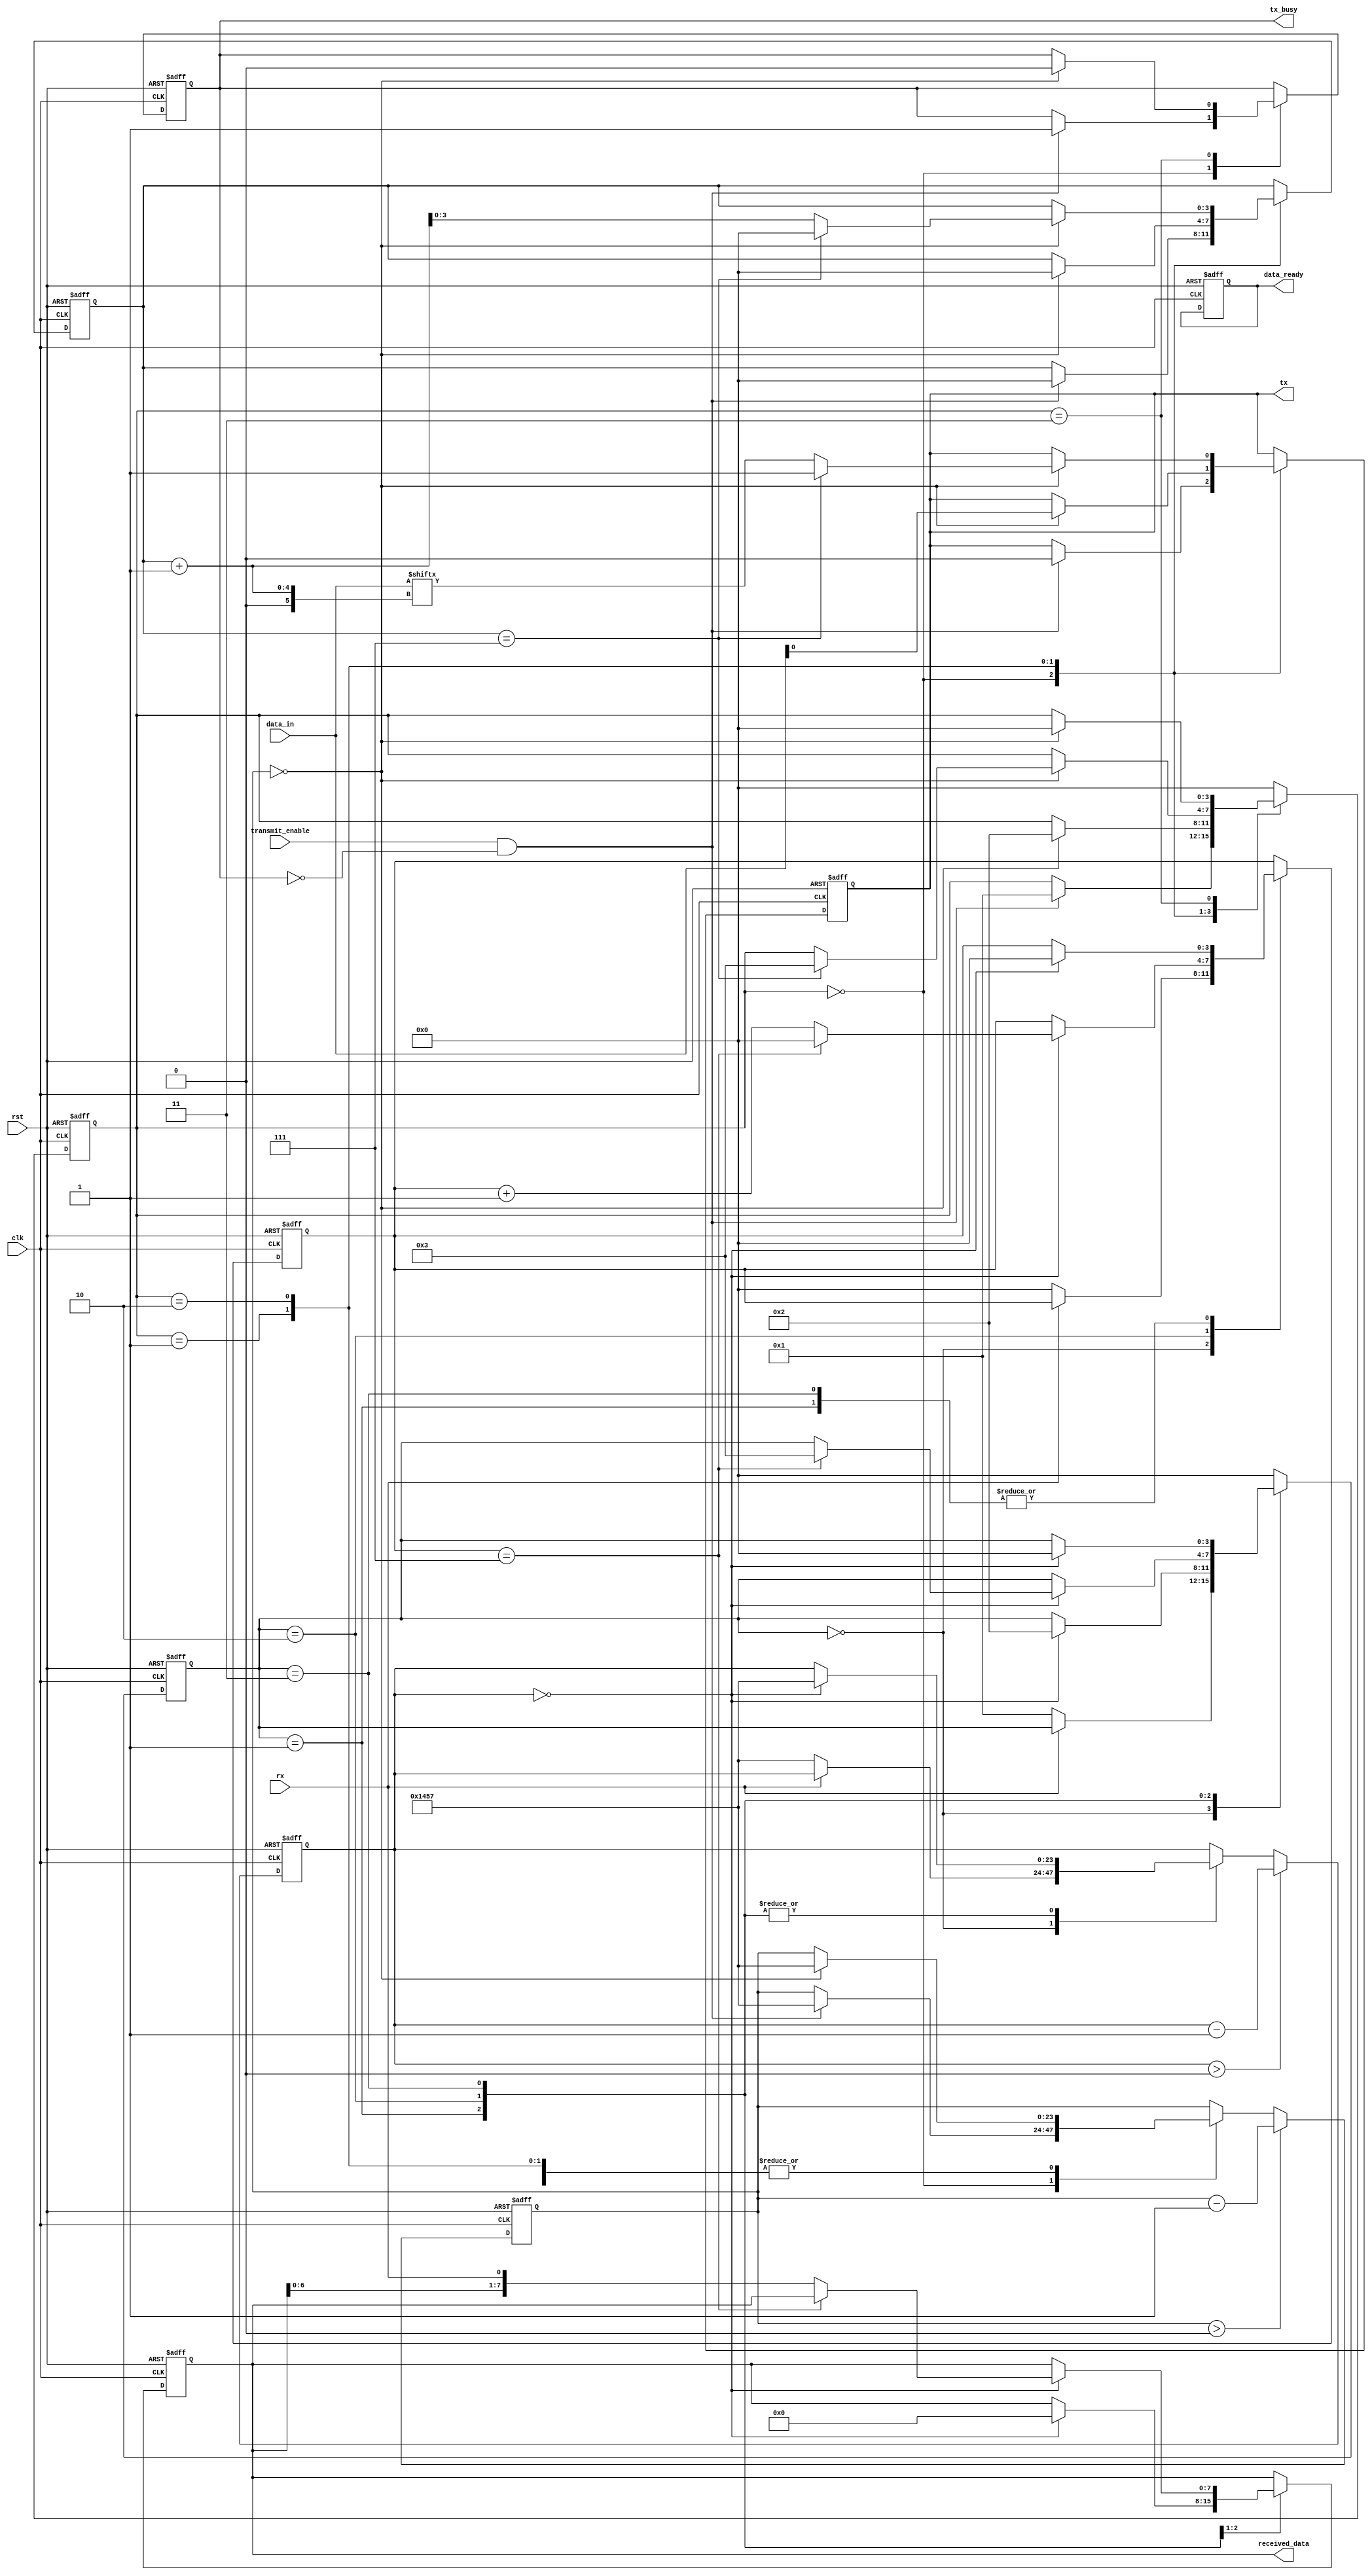
`timescale 1ns / 1ps
//////////////////////////////////////////////////////////////////////////////////
// Company: 
// Engineer: 
// 
// Design Name: 
// Module Name: UART
// Project Name: 
// Target Devices: 
// Tool Versions: 
// Description: 
// 
// Dependencies: 
// 
// Revision:
// Revision 0.01 - File Created
// Additional Comments:
// 
//////////////////////////////////////////////////////////////////////////////////


module UART(clk,rst,transmit_enable,rx,data_in,tx,tx_busy,data_ready,received_data);
input clk;
input rst;
input transmit_enable;
input rx; 
input  [7:0]data_in;
output reg tx;
output reg tx_busy;
output reg data_ready;
output reg [7:0] received_data;

parameter baud_rate = 9600;
parameter clock_freq = 50000000;


reg [3:0] tx_state;
reg [3:0] tx_bit_count;
reg [23:0] bit_counter;
 

reg [3:0]rx_state;
reg [3:0]rx_bit_count;
reg [23:0]rx_counter;


//TRANSMITTER FSM
always @(posedge clk or posedge rst)
begin 
if(rst) begin 
tx_state <= 4'b0000;
tx_bit_count <= 4'b0000;
bit_counter <= 24'b0;
tx <= 1'b1;
tx_busy <= 1'b0;
end
else
begin
case(tx_state)
4'b0000:

if(transmit_enable && !tx_busy)
begin
tx_state <= 4'b0001;
tx_bit_count <= 4'b0000;
bit_counter <= (clock_freq/baud_rate)-1;
tx <= 1'b0;
tx_busy <= 1'b1;

end

4'b0001:
if(bit_counter == 0)
begin
tx_state <= 4'b0010;
tx_bit_count <= 4'b0000;
bit_counter <= (clock_freq/baud_rate)-1;
tx <= data_in[0];
end  
4'b0010:
if(bit_counter == 0)
begin
if(tx_bit_count==7)
begin
tx_state <= 4'b0011;
tx_bit_count <= 4'b0000;
bit_counter <= (clock_freq/baud_rate)-1;
tx <= 1'b1;
end
else 
begin

tx_bit_count <= tx_bit_count +1;
tx <= data_in[tx_bit_count +1];
bit_counter <= (clock_freq/baud_rate)-1;
end
end
4'b0011:
if(bit_counter == 0)
begin
tx_state <= 4'b0000;
bit_counter <= (clock_freq/baud_rate)-1;
tx_busy <= 1'b0;
end

default:
tx_state <= 4'b0000;
endcase

if(bit_counter>0)
bit_counter <= bit_counter-1;
end

end

//RECEIVER FSM

always @(posedge clk or posedge rst)
begin
if(rst)begin 
rx_state <= 4'b0000;
rx_bit_count <= 4'b0000;
rx_counter <= 24'b0;
received_data <= 8'b0;
data_ready <= 1'b0;

end
else begin 
case (rx_state)
4'b0000:
if(rx == 1'b0) begin
rx_state <= 4'b0001;
rx_bit_count <= 4'b0000;
rx_counter <= (clock_freq/baud_rate)-1;
 end
 4'b0001:
 if(rx_counter == 0)begin
 rx_state <= 4'b0010;
 rx_bit_count <= 4'b0000;
 received_data <= 8'b0;
 rx_counter <= (clock_freq/baud_rate)-1;
 end
 4'b0010:
 if(rx_counter==0)begin 
 if(rx_bit_count == 7)begin
 rx_state <= 4'b0011;
 rx_bit_count <= 4'b0000;
 rx_counter <= (clock_freq/baud_rate)-1;
  end
  else begin
  rx_bit_count <= rx_bit_count+1;
  received_data <= {received_data[6:0],rx};
 rx_counter <= (clock_freq/baud_rate)-1;
   end
 end
 4'b0011:
 if(rx_counter == 0)
 begin
 rx_state <= 4'b0000;
 rx_bit_count <= 4'b0000;
 rx_counter <= (clock_freq/baud_rate)-1;
 end
 default:
rx_state <= 4'b0000;
endcase
if(rx_counter>0)
rx_counter <= rx_counter -1;
end
end

endmodule